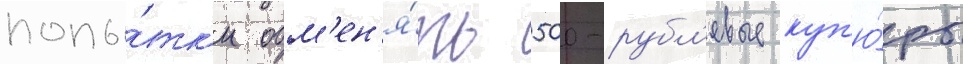
попы́тк'и обм'ен'я́ть 500-рубл'евые куп'ю́ры